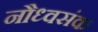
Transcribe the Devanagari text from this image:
नौध्वसंक